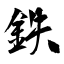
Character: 鉄